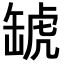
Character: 𧇍